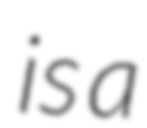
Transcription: is a